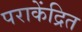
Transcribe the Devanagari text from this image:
पराकेंद्रित